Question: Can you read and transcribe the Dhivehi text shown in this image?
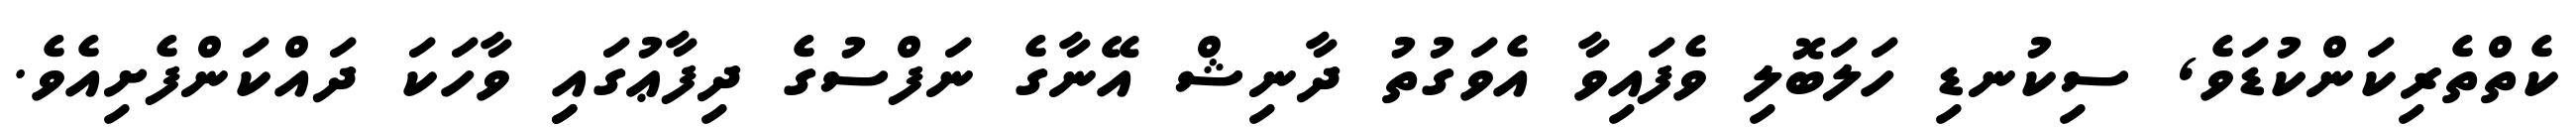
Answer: ކެތްތެރިކަންކުޑަވެ, ސިކުނޑި ހަލަބޮލި ވެފައިވާ އެވަގުތު ދާނިޝް އޭނާގެ ނަފްސުގެ ދިފާޢުގައިި ވާހަކަ ދައްކަންފެށިއެވެ.